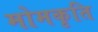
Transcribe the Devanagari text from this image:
मोमकृति